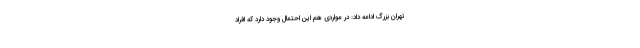
تهران بزرگ ادامه داد:‌ در مواردی هم این احتمال وجود دارد که افراد